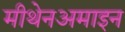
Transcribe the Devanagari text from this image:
मीथेनअमाइन